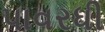
પાવરધી